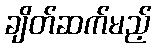
ချိတ်ဆက်မည့်